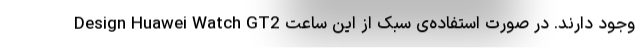
Design Huawei Watch GT2 وجود دارند. در صورت استفاده‌ی سبک از این ساعت